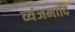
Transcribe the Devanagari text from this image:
व्यंजनादि